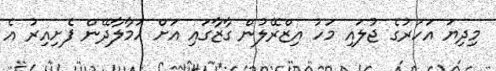
މިދިޔަ އަހަރުގެ ޖުލައި މަހު އިޒްރޭލުން ގާޒާގައި އަށް ހަމާލާދޭން ފެށިއިރު އެ